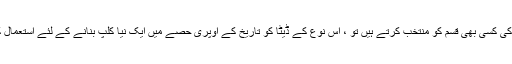
اگر آپ ڈیٹا کی کسی بھی قسم کو منتخب کرتے ہیں تو ، اس نوع کے ڈیٹا کو تاریخ کے اوپری حصے میں ایک نیا کلپ بنانے کے لئے استعمال کیا جاتا ہے۔